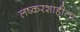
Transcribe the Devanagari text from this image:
लष्करशाहीला